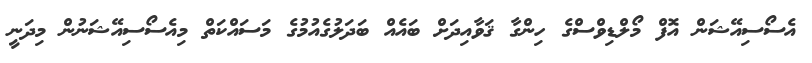
އެސޯސިއޭޝަން އޮފް މޯލްޑިވްސްގެ ހިންގާ ޤަވާއިދަށް ބައެއް ބަދަލުގެއުމުގެ މަސައްކަތް މިއެސޯސިއޭޝަނުން މިދަނީ